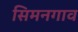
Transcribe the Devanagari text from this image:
सिमनगाव